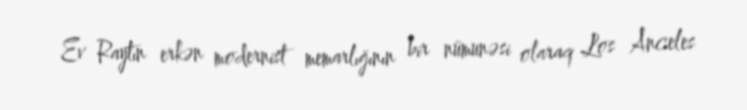
Ev Raytın erkən modernist memarlığının bir nümunəsi olaraq Los Anceles